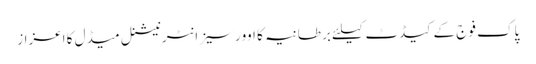
پاک فوج کے کیڈٹ کیلئے برطانیہ کا اوورسیز انٹرنیشنل میڈل کا اعزاز